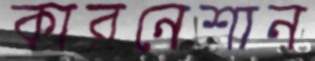
কারনেশান